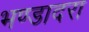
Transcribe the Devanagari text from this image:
भण्डादरा